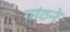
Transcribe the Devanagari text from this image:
गांठने